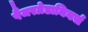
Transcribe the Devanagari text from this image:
पैंजरग्रेडानियर्स